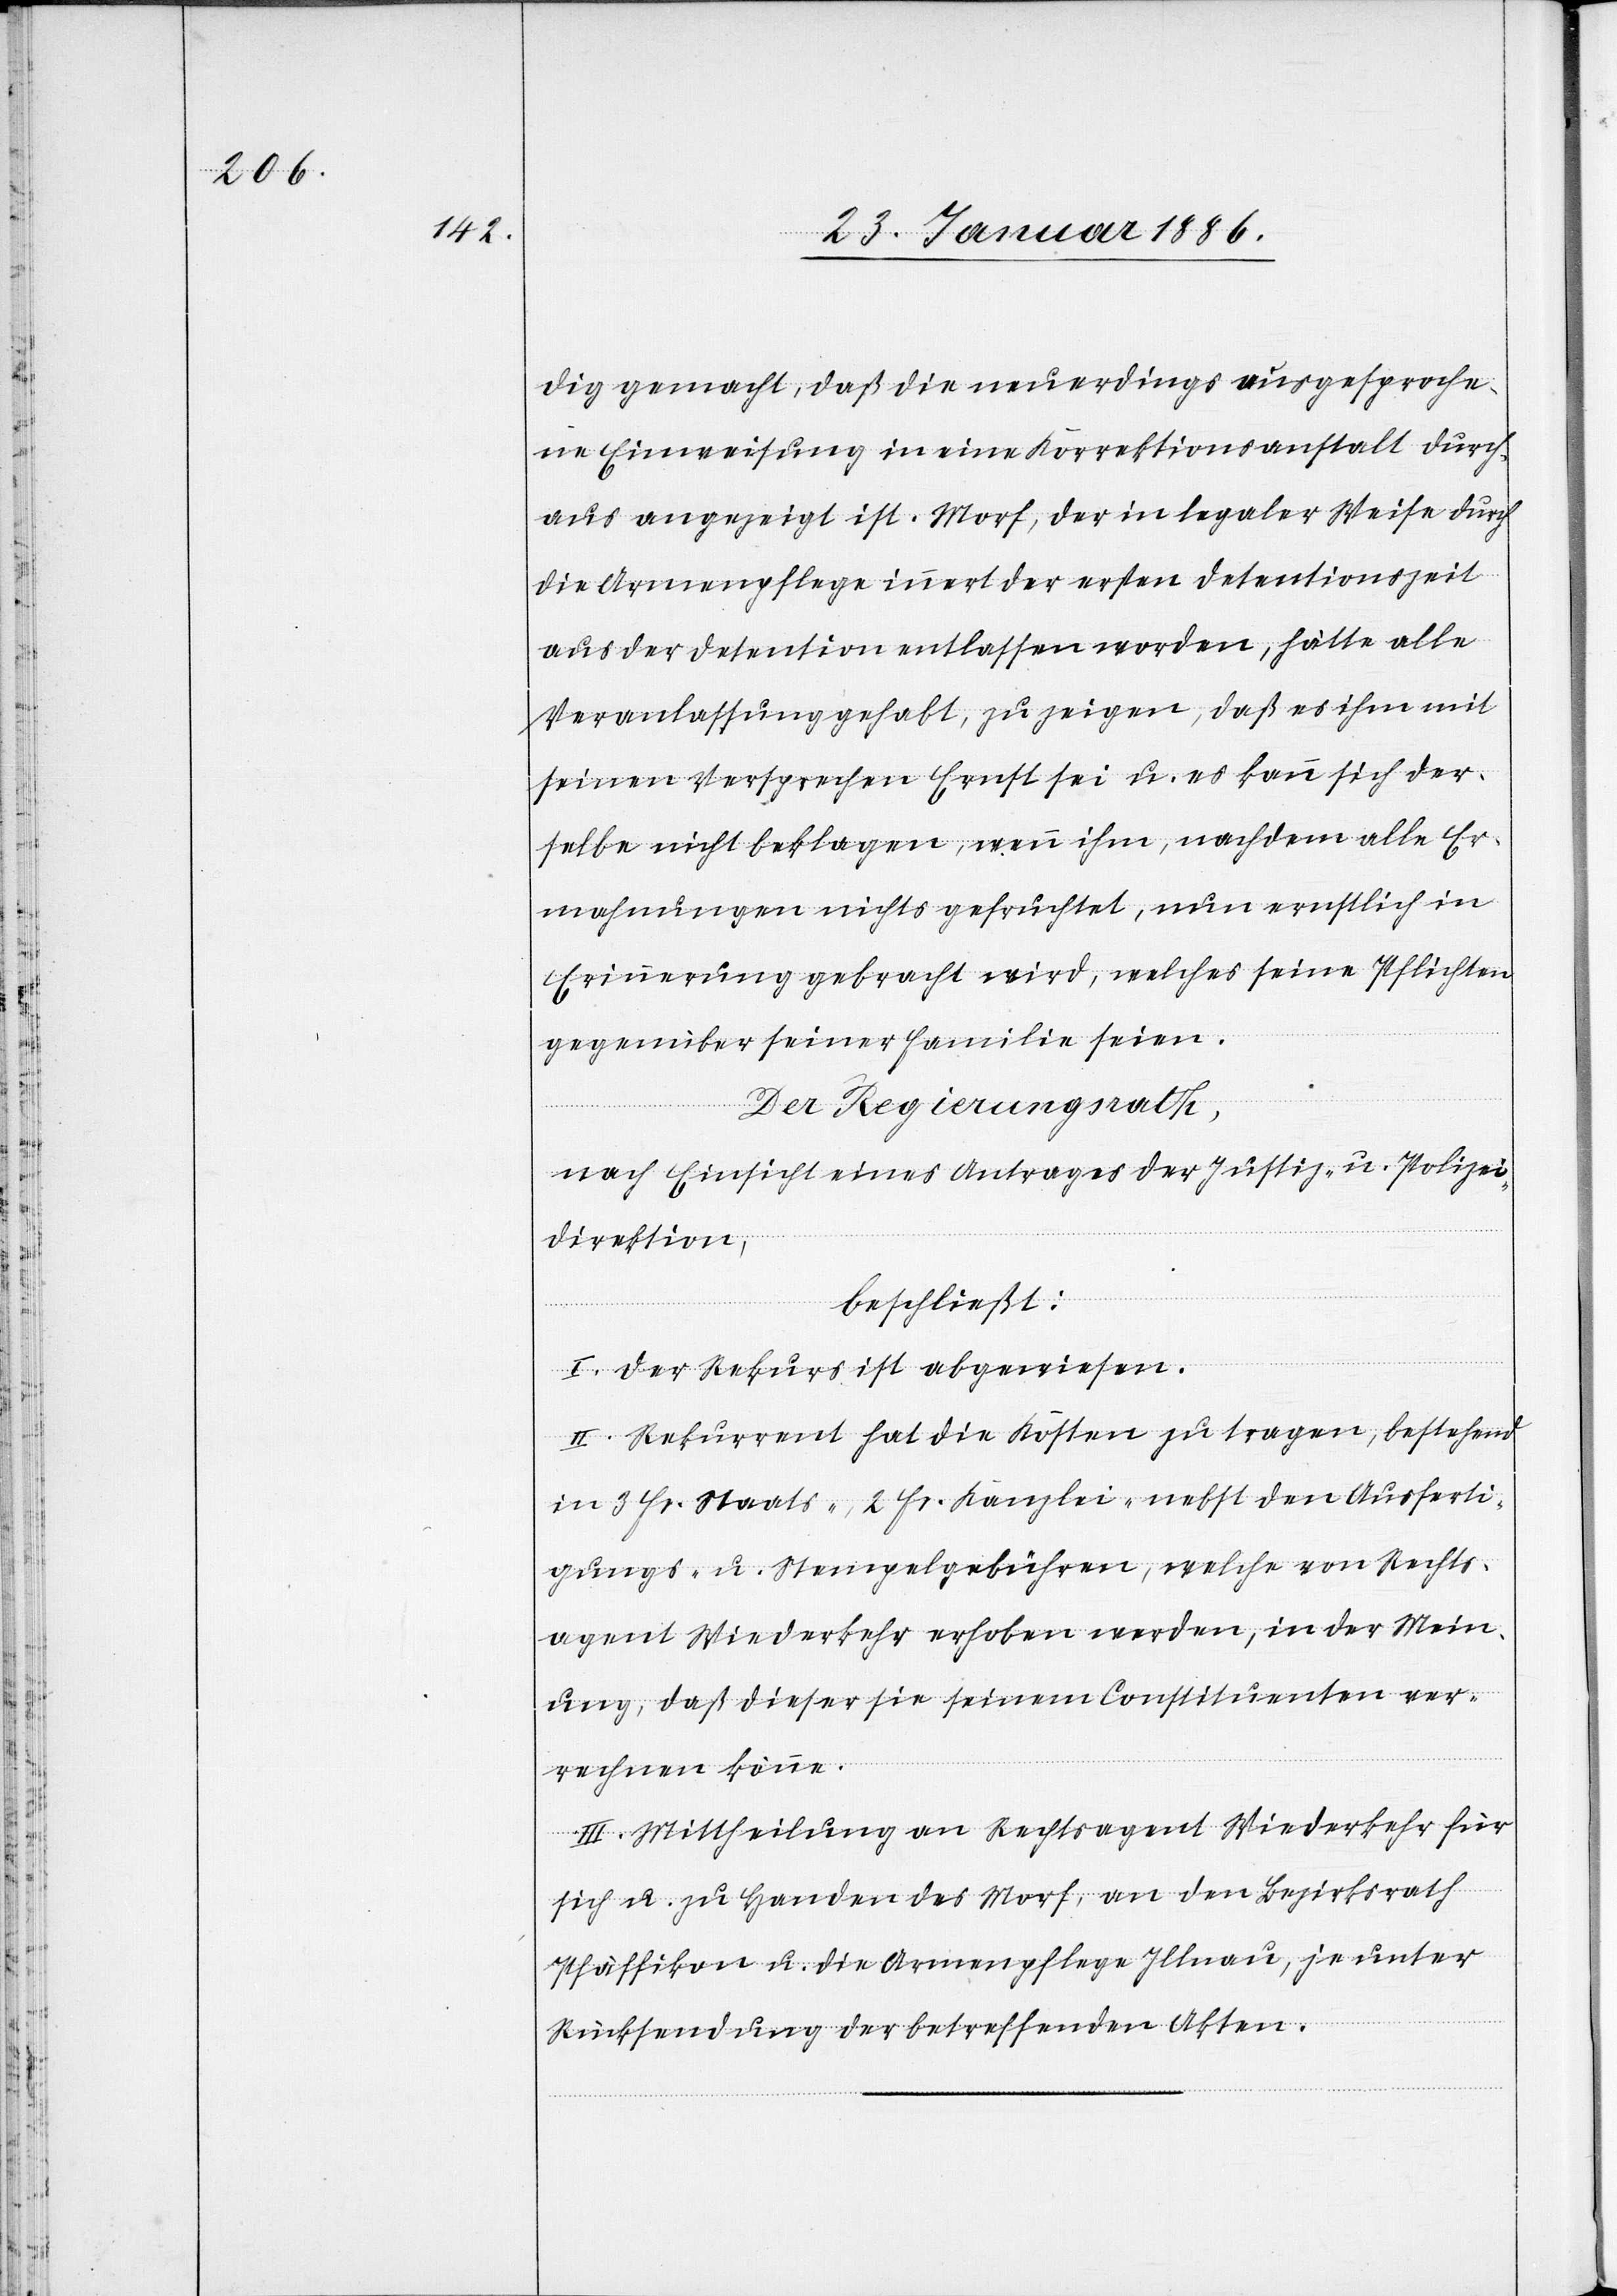
dig gemacht, daß die neuerdings ausgesproche¬
ne Einweisung in eine Korrektionsanstalt durch¬
aus angezeigt ist. Morf, der in legaler Weise durch
die Armenpflege innert der ersten Detensionszeit
aus der Detention entlassen worden, hätte alle
Veranlassung gehabt, zu zeigen, daß es ihm mit
seinen Versprechen Ernst sei. u. es kann sich der¬
selbe nicht beklagen, wenn ihm, nachdem alle Er¬
mahnungen nichts gefruchtet, nun ernstlich in
Erinnerung gebracht wird, welches seine Pflichten
gegenüber seiner Familie seien.
Der Regierungsrath,
nach Einsicht eins Antrages der Justiz- u. Polizei¬
direktion,
beschließt:
I. Der Rekurs ist abgewiesen.
II. Rekurrent hat die Kosten zu tragen, bestehend
in 3 Fr. Staats-, 2 Fr. Kanzlei- nebst den Ausferti¬
gungs- u. Stempelgebühren, welche von Rechts¬
agent Wiederkehr erhoben werden, in der Mein¬
ung, daß dieser sie seinen Constituenten ver¬
rechnen könne.
III. Mittheilung an Rechtsagent Wiederkehr für
sich u. zu Handen des Morf, an den Bezirksrath
Pfäffikon u. die Armenpflege Illnau, je unter
Rücksendung der betreffenden Akten.